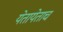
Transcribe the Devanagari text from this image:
येतायेताच